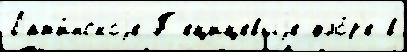
Лат'и́нскоjе П'ецицевыjе фло́р'е в